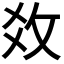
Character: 𢼂